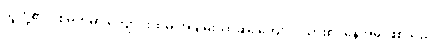
သူတို့၏ ပစ်မှတ်မှာ ကျောင်းထဲမှ အချမ်းသာဆုံး ကျောင်းသား၏ နေအိမ် ဖြစ်သည်။